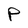
Character: P